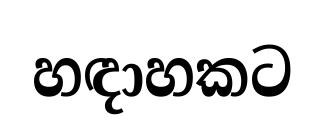
හඳාහකට